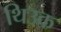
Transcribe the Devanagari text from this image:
थिउक